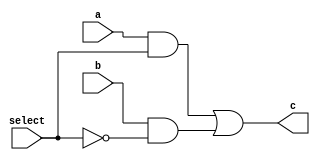
module multi_gates(input a, b, select, output c);
wire w1, w2, sel_not;
//reg a, b, c, select;
and a1(w1, a, select);
and a2(w2, b, sel_not);
not no1(sel_not, select);
or or1(c, w1, w2);
endmodule